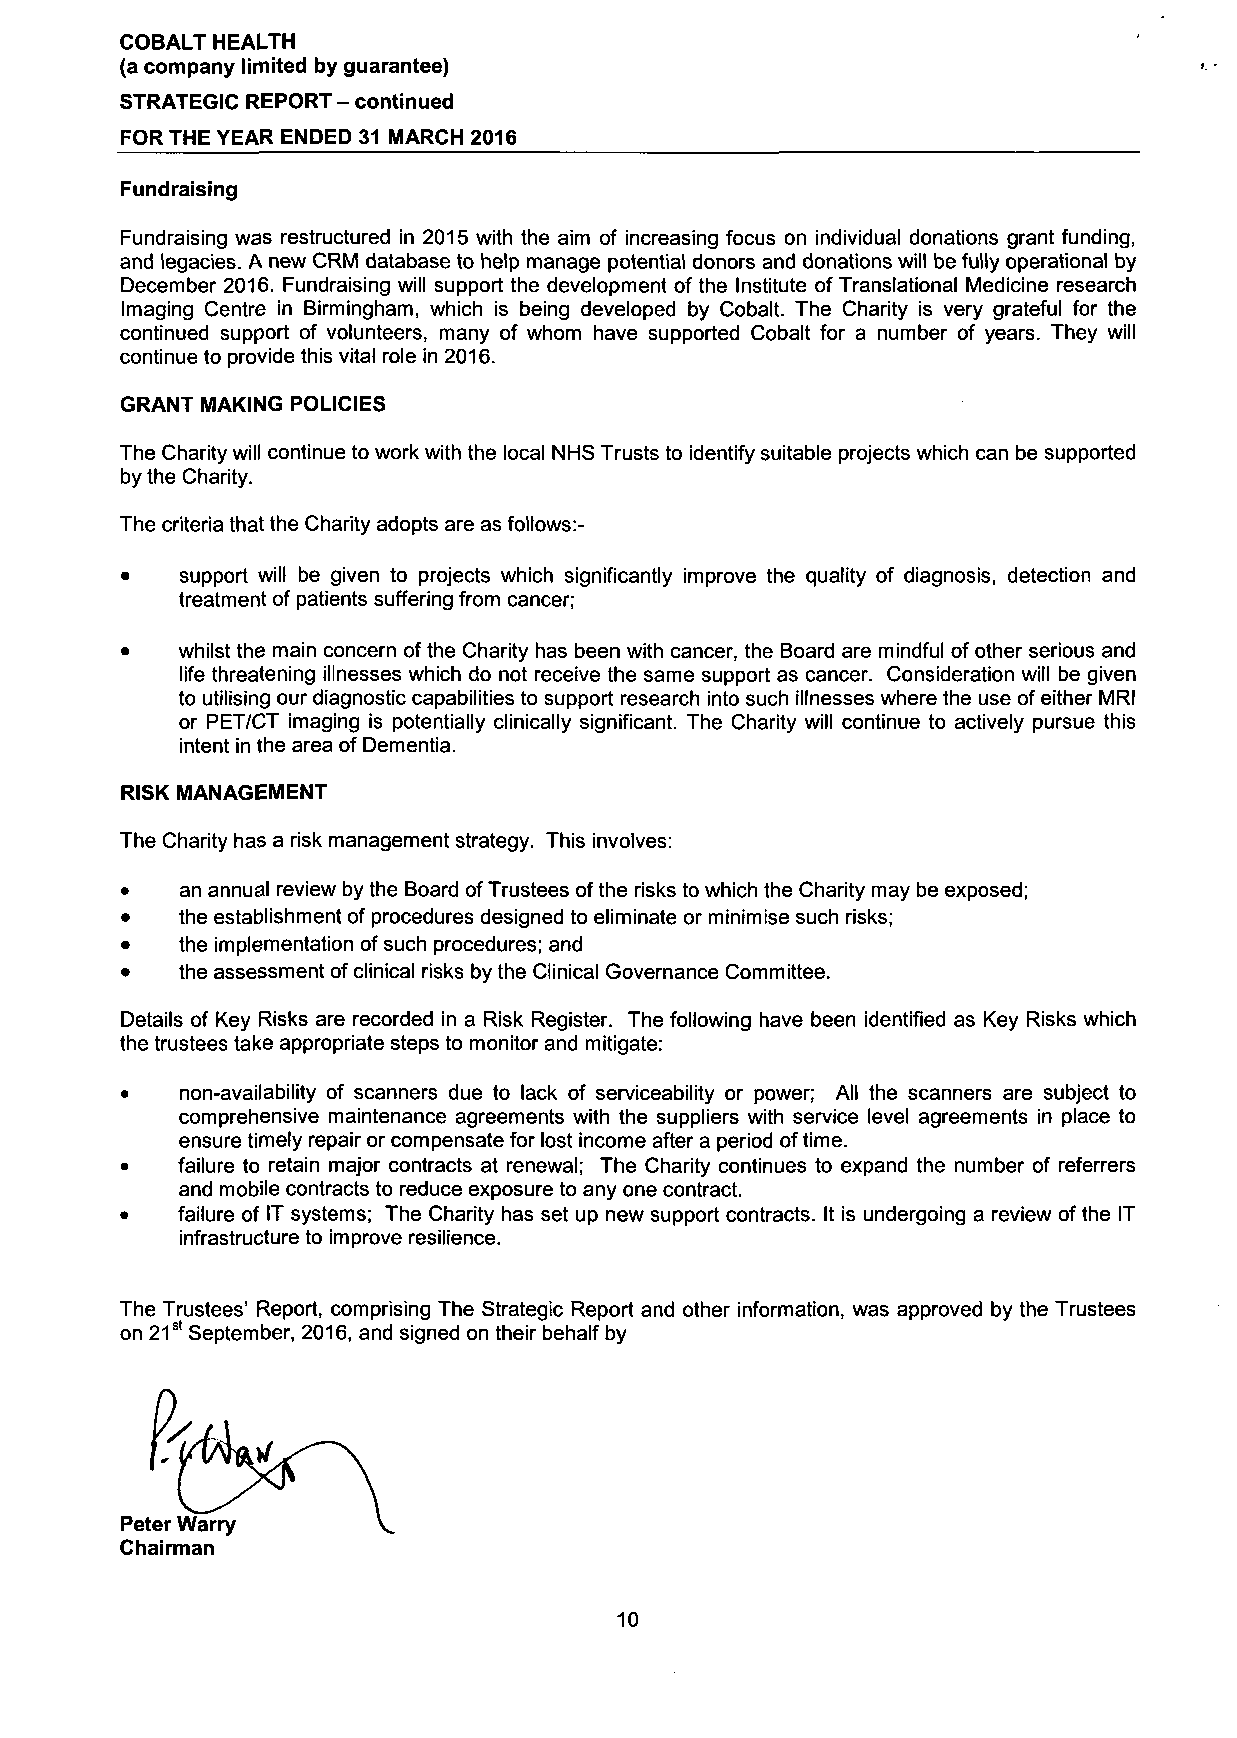
COBALT HEALTH
 (a company limited by guarantee)
 STRATEGIC REPORT - continued
 FOR THE YEAR ENDED 31 MARCH 2016
 Fundraising
 Fundraising was restructured in 2015 with the aim of increasing focus on individual donations grant funding,
 and legacies. A new CRM database to help manage potential donors and donations will be fully operational by
 December 2016. Fundraising will support the development of the Institute of Translational Medicine research
 Imaging Centre in Birmingham, which is being developed by Cobalt. The Charity is very grateful for the
 continued support of volunteers, many of whom have supported Cobalt for a number of years. They will
 continue to provide this vital role in 2016.
 GRANT MAKING POLICIES
 The Charity will continue to work with the local NHS Trusts to identify suitable projects which can be supported
 by the Charity.
 The criteria that the Charity adopts are as follows:-
 •   support will be given to projects which significantly improve the quality of diagnosis, detection and
 treatment of patients suffering from cancer;
 •   whilst the main concern of the Charity has been with cancer, the Board are mindful of other serious and
 life threatening illnesses which do not receive the same support as cancer. Consideration will be given
 to utilising our diagnostic capabilities to support research into such illnesses where the use of either MRI
 or PET/CT imaging is potentially clinically significant. The Charity will continue to actively pursue this
 intent in the area of Dementia.
 RISK MANAGEMENT
 The Charity has a risk management strategy. This involves:
 •   an annual review by the Board of Trustees of the risks to which the Charity may be exposed;
 •   the establishment of procedures designed to eliminate or minimise such risks;
 •   the implementation of such procedures; and
 •   the assessment of clinical risks by the Clinical Governance Committee.
 Details of Key Risks are recorded in a Risk Register. The following have been identified as Key Risks which
 the trustees take appropriate steps to monitor and mitigate:
 •   non-availability of scanners due to lack of serviceability or power; All the scanners are subject to
 comprehensive maintenance agreements with the suppliers with service level agreements in place to
 ensure timely repair or compensate for lost income after a period of time.
 •   failure to retain major contracts at renewal; The Charity continues to expand the number of referrers
 and mobile contracts to reduce exposure to any one contract.
 •   failure of IT systems; The Charity has set up new support contracts. It is undergoing a review of the IT
 infrastructure to improve resilience.
 The Trustees' Report, comprising The Strategic Report and other information, was approved by the Trustees
 on 21st September, 2016, and signed on their behalf by
 Peter Warry
 Chairman
 10